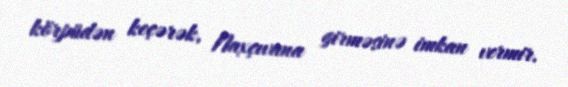
körpüdən keçərək, Naxçıvana girməsinə imkan vermir.